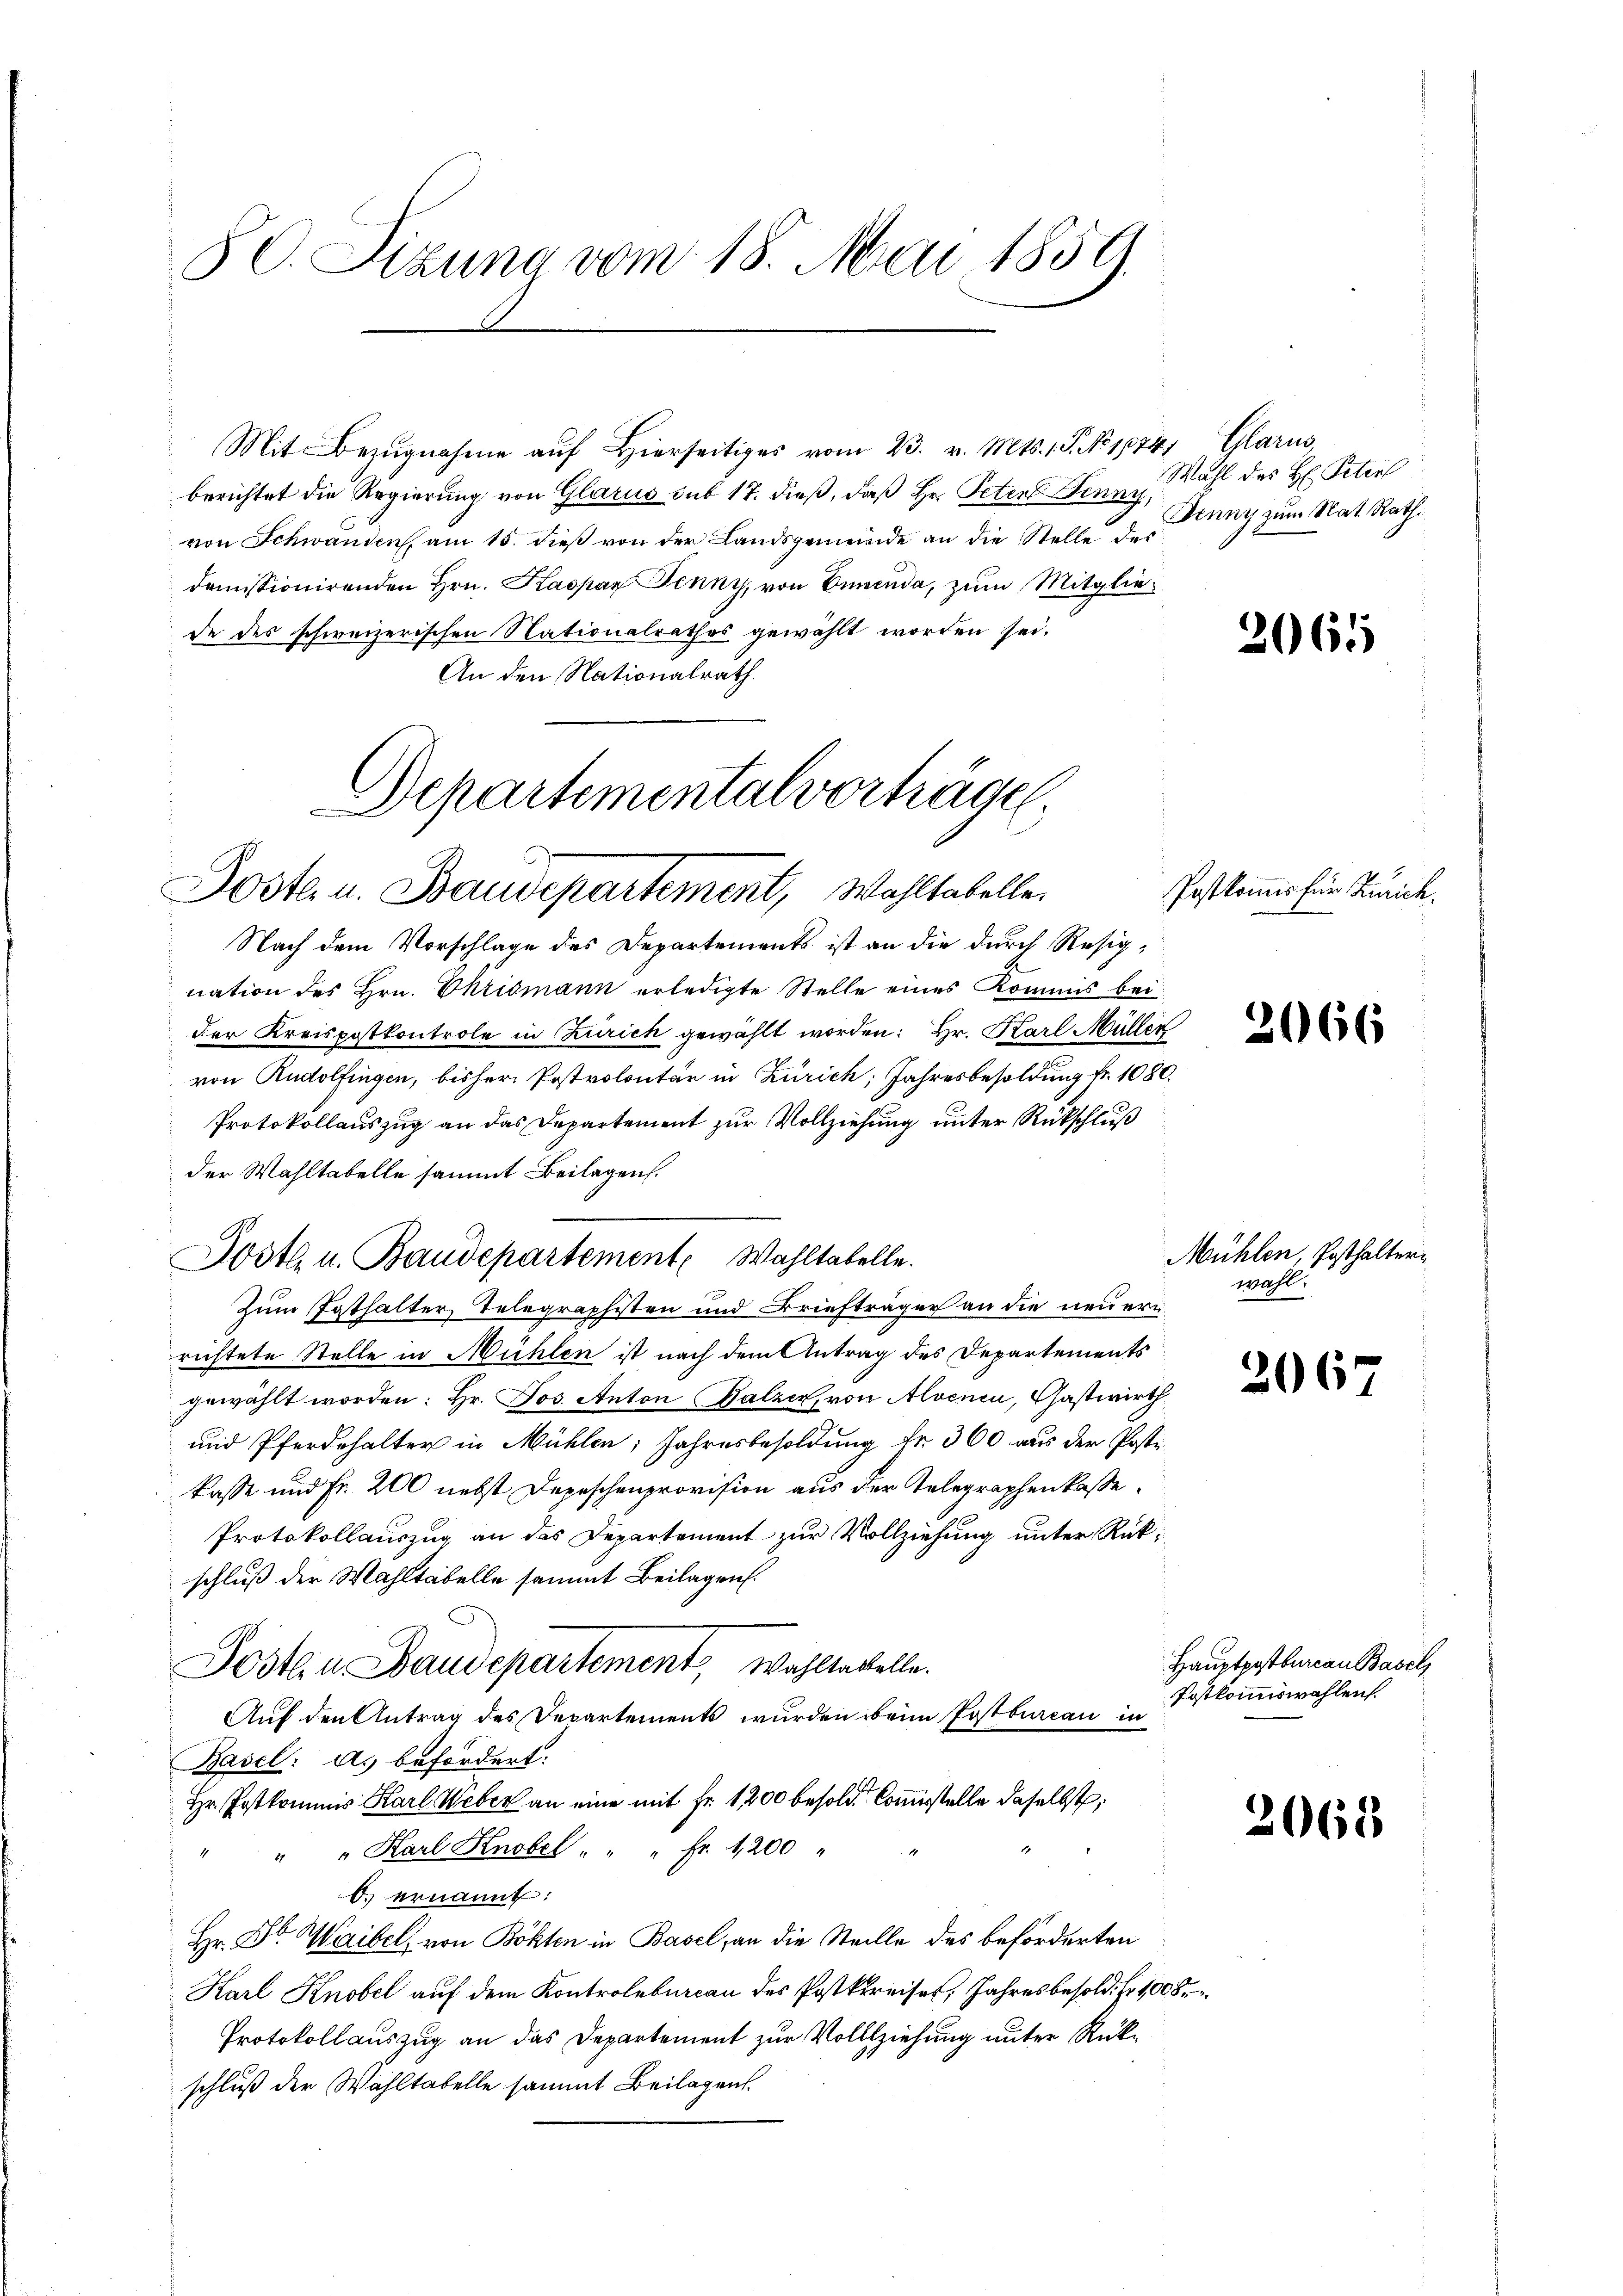
8 C. Sizung vom 18. Mai 1859.

Mit Bezŭgnahme aŭf hierseitiges vom 23. v. Mts. 1 S. No. 1874, Glarus,
berichtet die Regierung von Glarus sub 17. dieß, daß Hr. Peten Jenny,
von Schwanden, am 15. dieß von der Landsgemeinde an die Stelle des
demissionirenden Hrn. Kaspar Jenny, von Ennenda, zum Mitglie
de des schweizerischen Nationalrathes gewählt worden sei.
An den Nationalrath.
Departemental vorträge

Poste. u. Baudepartement, Wahltabelle.

Postl. u. Baudepartement Wahltabelle.

Nach dem Vorschlage des Departements ist an die durch Resignation des Hrn. Chrismann erledigte Stelle eines Kommis bei
der Kreispostkontrole in Zürich gewählt worden: Hr. Karl Müller
von Rudolfingen, bisher Postvolontär in Zürich, Jahresbesoldung fr. 1080.
Protokollauszug an das Departement zur Vollziehung unter Rückschluß
der Wahltabelle sammt Beilagen.
Zum Pathalter Telegraphisten und Briefträger an die neuern
richtete Stelle in Mühlen ist nach dem Antrag des Departements
gewählt worden: Hr. Jos. Anton Balzer, von Alvenen, Gastwirth
und Pferdehalter in Mühlen, Jahresbesoldung fr. 300 aus der Poste
kasse und Fr. 200 nebst Depeschenprovision aus der Telegraphenkasse
Protokollauszug an das Departement zur Vollziehung unter Rükschluß der Wahltabelle sammt Beilagen.
Postein Baudepartement, Wahltatelle.
Auf den Antrag des Departements wurden beim Postbureau in
Basel: a. befordert:
Hr. Postkommis Karl Weber an eine mit Fr. 1200 besold. Commisstelle daselbst,
" " " Karl Knobel " " " Fr. 1200 "
O. ernannt:
Hr. Dr. Waibel von Böhlen in Basel, an die Stelle des beförderten
Karl Knobel auf dem Kontrolbureau des Postkreises, Jahresbesold. fr. 1008.
Protokoll auszug an das Departement zur Vollziehung unter Rückschluß der Wahltabelle sammt Beilagen.

Wahl des H: Peterl
Jenny zum Nat. Rath

2061

Postkommis für Zürich.

2066

Mühlen, Posthaltern.
wohl.

206

3065

Hauptpostbureau Basel
Postkommiswahlen.